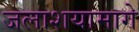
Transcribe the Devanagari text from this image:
जलाशयामागे